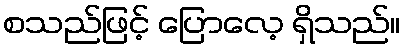
စသည်ဖြင့် ပြောလေ့ ရှိသည်။